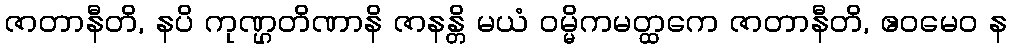
ဇာတာနီတိ, နပိ ကုဏ္ဌတိဏာနိ ဇာနန္တိ မယံ ဝမ္မိကမတ္ထကေ ဇာတာနီတိ, ဧဝမေဝ န